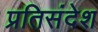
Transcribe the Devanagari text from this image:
प्रतिसंदेश